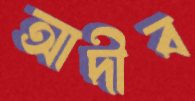
আদীব